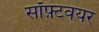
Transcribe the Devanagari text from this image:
सॉफ़्टवयर